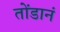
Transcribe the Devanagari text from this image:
तोंडानं